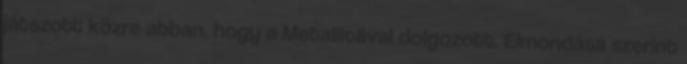
játszott közre abban, hogy a Metallicával dolgozott. Elmondása szerint